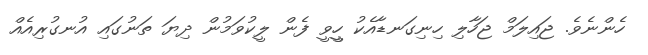
ހެންނެވެ. ޖައިލަމް ޖަހާލި ހިނިގަނޑާއެކު ހީީވީ ފެން ލީކުވަމުން ދިޔަ ތަނުގައި އުނގުރިއެއް